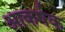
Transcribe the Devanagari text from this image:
अाकर्षक